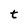
Character: t